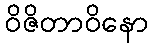
ဝိဇိတာဝိနော